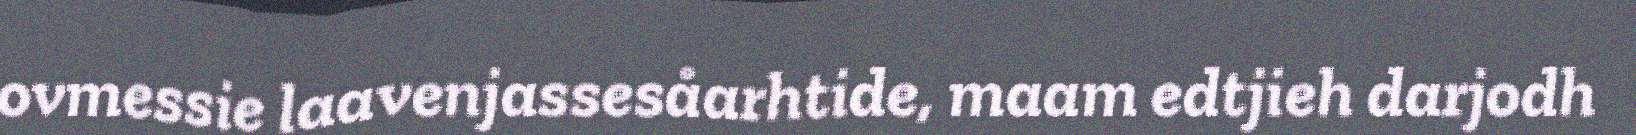
ovmessie laavenjassesåarhtide, maam edtjieh darjodh